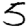
Digit: 5